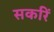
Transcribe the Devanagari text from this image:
सर्कारें